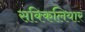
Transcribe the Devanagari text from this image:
सक्किलियार